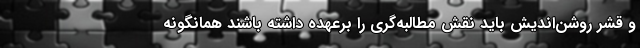
و قشر روشن‌اندیش باید نقش مطالبه‌گری را برعهده داشته باشند همانگونه